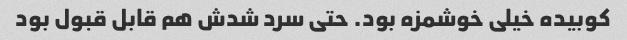
کوبیده خیلی خوشمزه بود. حتی سرد شدش هم قابل قبول بود